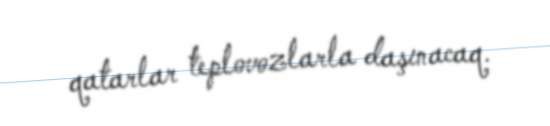
qatarlar teplovozlarla daşınacaq.